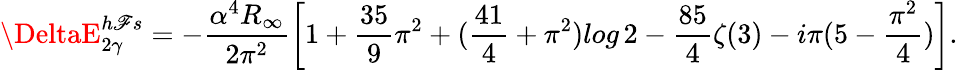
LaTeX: \DeltaE_{2\gamma}^{h\mathscr{F}s}=-\frac{{\alpha^{4}R_{\infty}}}{{2\pi^{2}}}\left[1+\frac{{35}}{{9}}\pi^{2}+(\frac{{41}}{{4}}+\pi^{2})log\, 2-\frac{{85}}{{4}}\zeta(3)-i\pi(5-\frac{{\pi^{2}}}{{4}})\right].